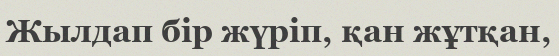
Жылдап бір жүріп, қан жұтқан,